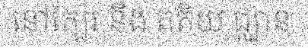
នៅក្បែរ នឹង តតិយ ជ្ឈាន